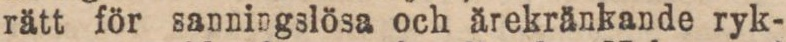
rätt för sanningslösa och ärekränkande ryk-